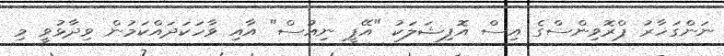
ނަންގަހާރު ޕްރޮވިންސްގެ އިސް އޮފިޝަލަކު "އޭޕީ ނިއުސް" އާއި ވާހަކަދައްކަމުން ވިދާޅުވީ މި